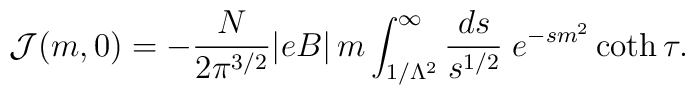
{\cal J}(m,0) = -\frac{N}{2\pi^{3/2}}|eB|\,m  \int_{1/\Lambda^2}^{\infty}\frac{ds}{s^{1/2}}\;   e^{-s m^2}\coth \tau.